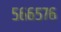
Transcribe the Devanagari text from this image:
५६६५७६